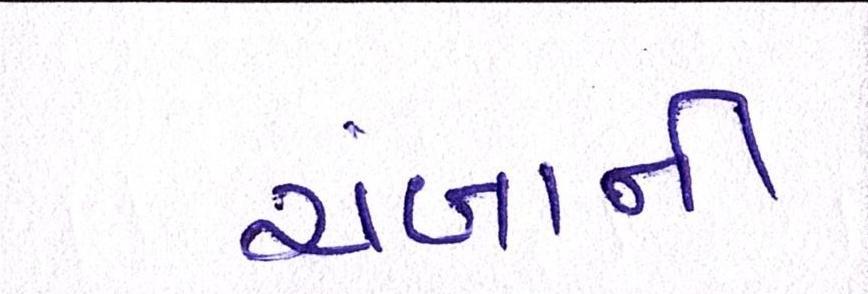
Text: ચંબાની